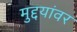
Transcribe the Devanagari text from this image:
मुद्दयांवर